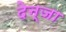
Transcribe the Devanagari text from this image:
देन्जा